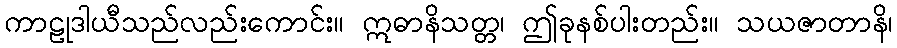
ကာဠုဒါယီသည်လည်းကောင်း။ ဣဓာနိသတ္တ၊ ဤခုနစ်ပါးတည်း။ သယဇာတာနိ၊